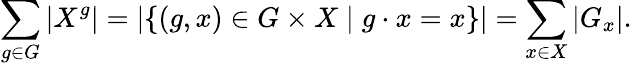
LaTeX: \sum_{g\in G}|X^{g}|=|\{ (g,x)\in G\times X\mid g\cdot x=x\} |=\sum_{x\in X}|G_{x}|.